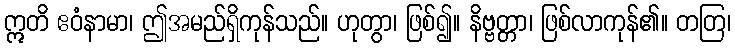
ဣတိ ဧဝံနာမာ၊ ဤအမည်ရှိကုန်သည်။ ဟုတွာ၊ ဖြစ်၍။ နိဗ္ဗတ္တာ၊ ဖြစ်လာကုန်၏။ တတြ၊